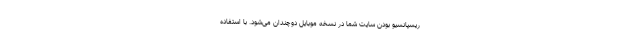
ریسپانسیو بودن سایت شما در نسخه موبایل دوچندان می‌شود. با استفاده